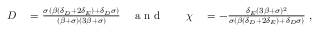
\begin{array} { r l r l r l } { D } & { { } = \frac { \sigma ( \beta ( \delta _ { D } + 2 \delta _ { E } ) + \delta _ { D } \sigma ) } { ( \beta + \sigma ) ( 3 \beta + \sigma ) } } & { \mathrm { ~ a ~ n ~ d ~ } } & { { } } & { \chi } & { { } = - \frac { \delta _ { E } ( 3 \beta + \sigma ) ^ { 2 } } { \sigma ( \beta ( \delta _ { D } + 2 \delta _ { E } ) + \delta _ { D } \sigma ) } \; , } \end{array}